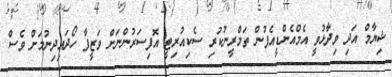
ޝިޔާމް އަދި ވިދާޅުވީ އެމްއެންޑީއެފުން ތަމްރީނުކުރި ސެކިއުރިޓީ އޮފިސަރުންނަށް ވަޒީފާ ހޯދައިދިނުމަށް ވެސް